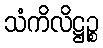
သံကိလိဋ္ဌဉ္စ